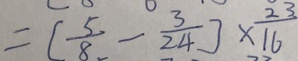
= [ \frac { 5 } { 8 } - \frac { 3 } { 2 4 } ] \times \frac { 2 3 } { 1 6 }